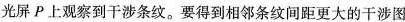
光屏P上观察到干涉条纹。要得到相邻条纹间距更大的干涉图